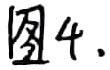
图 4.